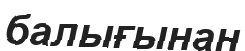
балығынан